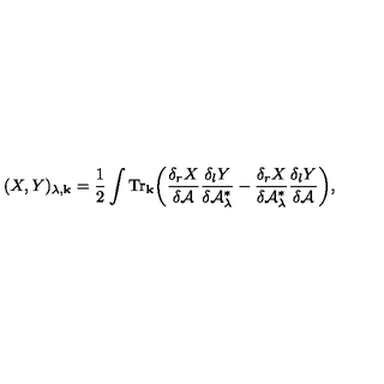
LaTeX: ( X , Y ) _ { \lambda , { \bf k } } = \frac { 1 } { 2 } \int { \mathrm { T r } } _ { \bf k } \bigg ( { \frac { \delta _ { r } X } { \delta { \cal A } } } { \frac { \delta _ { l } Y } { \delta { \cal A } _ { \lambda } ^ { * } } } - { \frac { \delta _ { r } X } { \delta { \cal A } _ { \lambda } ^ { * } } } { \frac { \delta _ { l } Y } { \delta { \cal A } } } \bigg ) ,